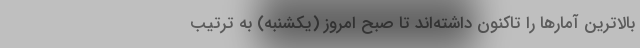
بالاترین آمارها را تاکنون داشته‌اند تا صبح امروز (یکشنبه) به ترتیب